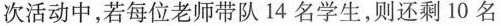
次活动中，若每位老师带队14名学生，则还剩10名